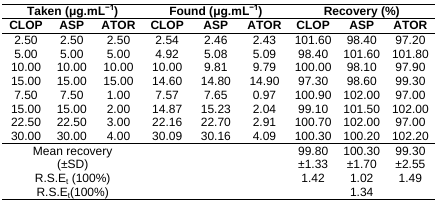
| <COLSPAN=3> Taken (μg.mL-) | <COLSPAN=3> Found (μg.mL-) | <COLSPAN=3> Recovery (%) |
 | CLOP | ASP | ATOR | CLOP | ASP | ATOR | CLOP | ASP | ATOR |
 | --- | --- | --- | --- | --- | --- | --- | --- | --- |
 | 2.50 | 2.50 | 2.50 | 2.54 | 2.46 | 2.43 | 101.60 | 98.40 | 97.20 |
 | 5.00 | 5.00 | 5.00 | 4.92 | 5.08 | 5.09 | 98.40 | 101.60 | 101.80 |
 | 10.00 | 10.00 | 10.00 | 10.00 | 9.81 | 9.79 | 100.00 | 98.10 | 97.90 |
 | 15.00 | 15.00 | 15.00 | 14.60 | 14.80 | 14.90 | 97.30 | 98.60 | 99.30 |
 | 7.50 | 7.50 | 1.00 | 7.57 | 7.65 | 0.97 | 100.90 | 102.00 | 97.00 |
 | 15.00 | 15.00 | 2.00 | 14.87 | 15.23 | 2.04 | 99.10 | 101.50 | 102.00 |
 | 22.50 | 22.50 | 3.00 | 22.16 | 22.70 | 2.91 | 100.70 | 102.00 | 97.00 |
 | 30.00 | 30.00 | 4.00 | 30.09 | 30.16 | 4.09 | 100.30 | 100.20 | 102.20 |
 |  | Mean recovery |  |  |  |  | 99.80 | 100.30 | 99.30 |
 |  | (±SD) |  |  |  |  | ±1.33 | ±1.70 | ±2.55 |
 |  | R.S.Et (100%) |  |  |  |  | 1.42 | 1.02 | 1.49 |
 |  | R.S.Et(100%) |  |  |  |  |  | 1.34 |  |